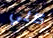
كلي